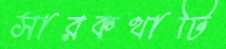
সারকথাটি